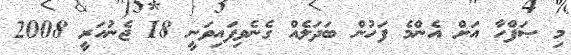
މި ޞަފްހާ އަށް އެންމެ ފަހުން ބަދަލެއް ގެނެވިފައިވަނީ 18 ޖެނުއަރީ 2008